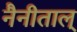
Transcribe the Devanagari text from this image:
नैनीताल्